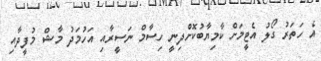
އެ ހަތަރު ގޯލު އެޓީމަށް ކާމިޔާބުކޮށްދިނީ ހިސާމް ނަސީރާއި އަހުމަދު މާޝް މުފީދާއި